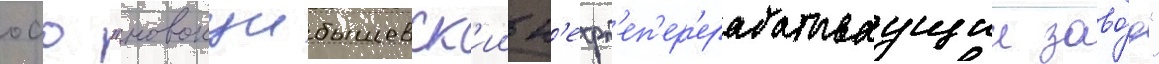
оао "новокуибышевск'ии н'ефт'еп'ер'ерабатываущии заво́д"